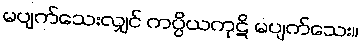
မပျက်သေးလျှင် ကပ္ပိယကုဋိ မပျက်သေး။